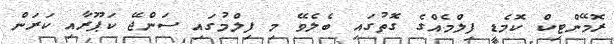
ރޮމޭންޓިކް ކޮމެޑީ ފިލްމެއްގެ ގޮތުގައި ބެލެވޭ މި ފިލްމުގައި ސަންޖޭ ކަޕޫރާއި ކަރަން